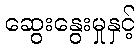
ဆွေးနွေးမှုနှင့်